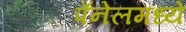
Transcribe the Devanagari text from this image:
पॅनेलमध्ये